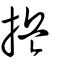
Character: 捠